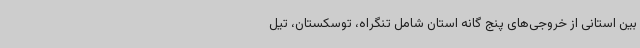
بین استانی از خروجی‌های پنج گانه استان شامل تنگراه، توسکستان، تیل